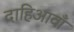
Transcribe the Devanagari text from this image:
दाहिआवाँ